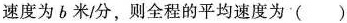
速度为b米/分，则全程的平均速度为()